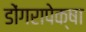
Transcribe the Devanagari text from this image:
डोंगरापेक्षा